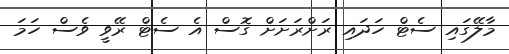
މާލޭގައި ސެޓް ހަދައި ރަށްރަށަށް ގޮސް އެ ސެޓް ރޭވީ ވެސް ހަމަ